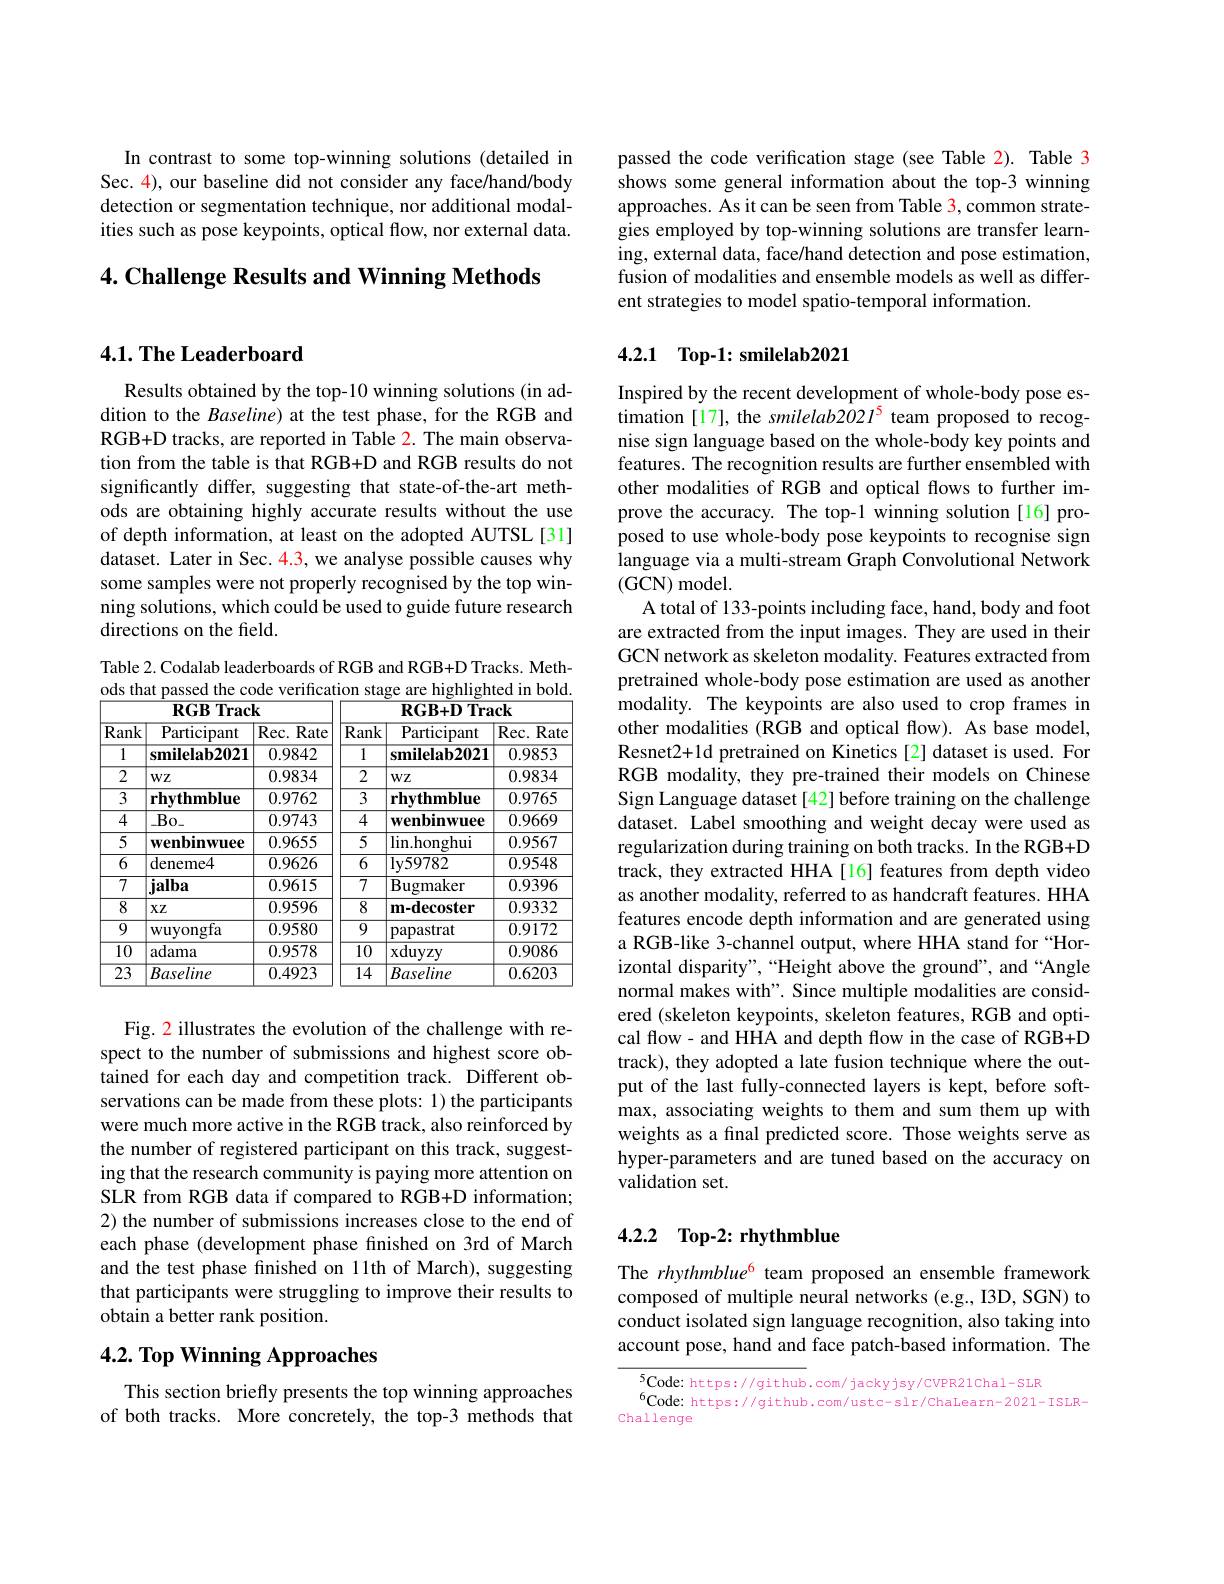
In contrast to some top-winning solutions (detailed in Sec. 4), our baseline did not consider any face/hand/body detection or segmentation technique, nor additional modalities such as pose keypoints, optical flow, nor external data.

$4. \textbf{Challenge Results and Winning Methods}$

### $4. 1. \textbf{The Leaderboard}$

Results obtained by the top-10 winning solutions (in addition to the Baseline) at the test phase, for the RGB and RGB+D tracks, are reported in Table 2. The main observation from the table is that RGB+D and RGB results do not significantly differ, suggesting that state-of-the-art methods are obtaining highly accurate results without the use of depth information, at least on the adopted AUTSL [31] dataset. Later in Sec. 4.3, we analyse possible causes why some samples were not properly recognised by the top winning solutions, which could be used to guide future research directions on the field.

Table 2. Codalab leaderboards of RGB and RGB+D Tracks. Methods that passed the code verification stage are highlighted in bold

<table>
	<tbody>
		<tr>
			<th colspan="3">$\mathbf{RGB}$ $\mathbf{3}$Track</th>
			<th> </th>
			<th colspan="2">$\mathbf{RGB+D}$Track</th>
		</tr>
		<tr>
			<th>Rank</th>
			<th>Participant</th>
			<th>Rec. Rate 1</th>
			<th>$\overline{\mathrm{Rank}}$</th>
			<th>${\mathrm{Participant}}$</th>
			<th>Rec. Rate</th>
		</tr>
		<tr>
			<td>1</td>
			<td>smilelab2021</td>
			<td>0.9842</td>
			<td>1</td>
			<td>smilelab2021</td>
			<td>0.9853</td>
		</tr>
		<tr>
			<td>$\overline{2}$</td>
			<td>$WZ$</td>
			<td>0.9834</td>
			<td>2</td>
			<td>$WZ$</td>
			<td>0.9834</td>
		</tr>
		<tr>
			<td>$\overline{3}$</td>
			<td>rhythmblue</td>
			<td>0.9762</td>
			<td>$\overline{3}$</td>
			<td>rhythmblue</td>
			<td>0.9765</td>
		</tr>
		<tr>
			<td>4</td>
			<td>$\_Bo_{-}$</td>
			<td>0.9743</td>
			<td>4</td>
			<td>wenbinwuee</td>
			<td>0.9669</td>
		</tr>
		<tr>
			<td>5</td>
			<td>wenbinwuee</td>
			<td>0.9655</td>
			<td>5</td>
			<td>$\lim_{\mathrm{honghui}}$</td>
			<td>0.9567</td>
		</tr>
		<tr>
			<td>$\overline{6}$</td>
			<td>deneme4</td>
			<td>0.9626</td>
			<td>$\overline{6}$</td>
			<td>$\log59782$</td>
			<td>0.9548</td>
		</tr>
		<tr>
			<td>$\overline{7}$</td>
			<td>jalba</td>
			<td>0.9615</td>
			<td>7</td>
			<td>$\operatorname{Bugmaker}$</td>
			<td>0.9396</td>
		</tr>
		<tr>
			<td>$\overline{8}$</td>
			<td>$XZ$</td>
			<td>0.9596</td>
			<td>8</td>
			<td>m-decoster</td>
			<td>0.9332</td>
		</tr>
		<tr>
			<td>9</td>
			<td>wuyongfa</td>
			<td>0.9580</td>
			<td>9</td>
			<td>papastrat</td>
			<td>0.9172</td>
		</tr>
		<tr>
			<td>$\overline{10}$</td>
			<td>adama</td>
			<td>0.9578</td>
			<td>$\overline{10}$</td>
			<td>xduyzy</td>
			<td>0.9086</td>
		</tr>
		<tr>
			<td>$\overline{23}$</td>
			<td>Baseline</td>
			<td>0.4923</td>
			<td>$\overline{14}$</td>
			<td>Baseline</td>
			<td>0.6203</td>
		</tr>
	</tbody>
</table>

Fig. 2 illustrates the evolution of the challenge with respect to the number of submissions and highest score obtained for each day and competition track. Different observations can be made from these plots: 1) the participants were much more active in the RGB track, also reinforced by the number of registered participant on this track, suggesting that the research community is paying more attention on SLR from RGB data if compared to RGB+D information; 2) the number of submissions increases close to the end of each phase (development phase fnished on 3rd of March and the test phase finished on 11th of March), suggesting that participants were struggling to improve their results to obtain a better rank position.

# $4. 2. \textbf{ Top Winning Approaches}$

This section briefly presents the top winning approaches of both tracks. More concretely, the top-3 methods that

passed the code verification stage (see Table 2). Table 3 shows some general information about the top-3 winning approaches. As it can be seen from Table 3, common strategies employed by top-winning solutions are transfer learning, external data, face/hand detection and pose estimation, fusion of modalities and ensemble models as well as different strategies to model spatio-temporal information.

## 4.2.1 Top-1: smilelab2021

Inspired by the recent development of whole-body pose es- $\hat{\text{timation [17], the smilelab2021}}^{5}$ team proposed to recognise sign language based on the whole-body key points and features. The recognition results are further ensembled with other modalities of RGB and optical flows to further improve the accuracy. The top-1 winning solution[16]proposed to use whole-body pose keypoints to recognise sign language via a multi-stream Graph Convolutional Network (GCN) model.
A total of 133-points including face, hand, body and foot are extracted from the input images. They are used in their GCN network as skeleton modality. Features extracted from pretrained whole-body pose estimation are used as another modality. The keypoints are also used to crop frames in other modalities (RGB and optical flow). As base model, Resnet2+1d pretrained on Kinetics [2] dataset is used. For RGB modality, they pre-trained their models on Chinese Sign Language dataset[42] before training on the challenge dataset. Label smoothing and weight decay were used as regularization during training on both tracks. In the RGB+D track, they extracted HHA [16] features from depth video as another modality, referred to as handcraft features. HHA features encode depth information and are generated using a RGB-like 3-channel output, where HHA stand for “Horizontal disparity",“Height above the ground”, and “Angle normal makes with". Since multiple modalities are considered (skeleton keypoints, skeleton features, RGB and optical flow- and HHA and depth flow in the case of RGB+D track), they adopted a late fusion technique where the output of the last fully-connected layers is kept, before softmax, associating weights to them and sum them up with weights as a final predicted score. Those weights serve as hyper-parameters and are tuned based on the accuracy on validation set.

### 4.2.2 Top-2: rhythmblue

The rhythmblue$^{6}$ team proposed an ensemble framework composed of multiple neural networks (e.g., I3D, SGN) to conduct isolated sign language recognition, also taking into account pose, hand and face patch-based information. The

${\sqrt{5}\text{Code: https://github}}.$com/jackyjsy/CVPR21Chal-SLR
Code: https://github.com/ustc-slr/ChaLearn-2021-ISLR-Challenge